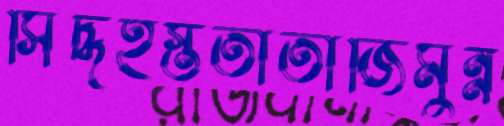
সিদ্ধহস্ততাতাজিমুন্ন